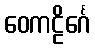
ဝေကဠိင်္ဂေ